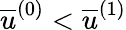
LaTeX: \overline{{u}}^{\left(0\right)}<\overline{{u}}^{\left(1\right)}